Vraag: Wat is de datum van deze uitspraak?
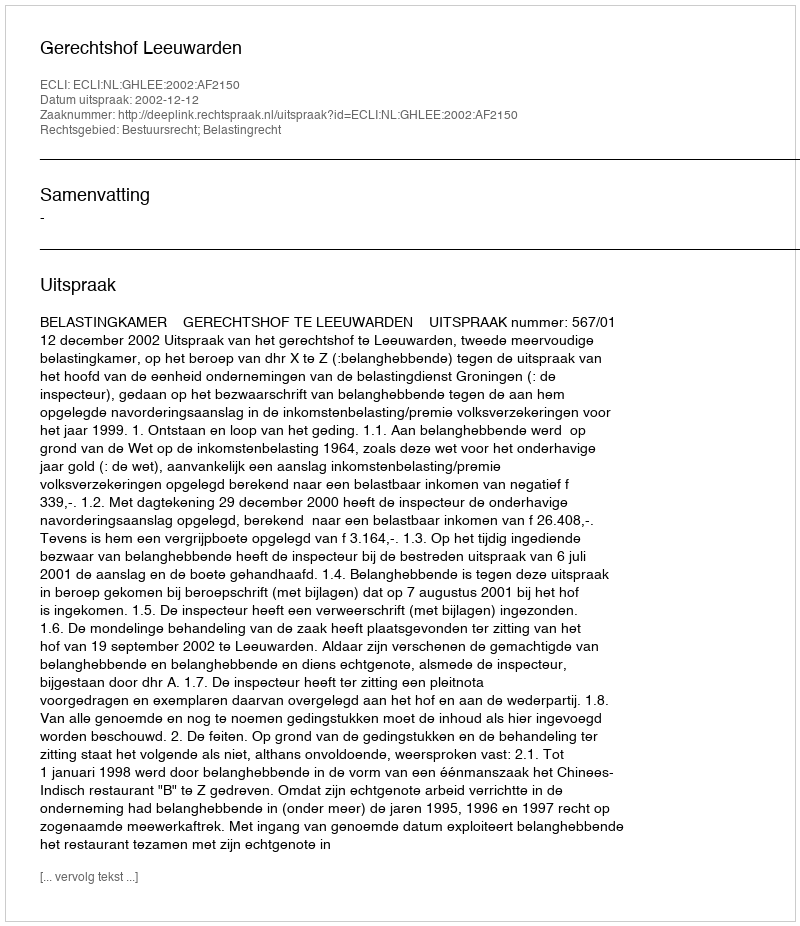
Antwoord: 2002-12-12